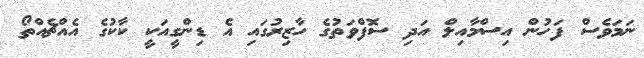
ނަމަވެސް ފަހުން އިސްމާއިލް އަދި ސޮފްވަތުގެ ހާޒިރުގައި އެ ޑިންގީއަކީ ކާކުގެ އެއްޗެއްތޯ